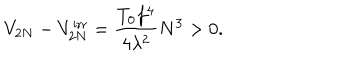
V _ { 2 N } - V _ { 2 N } ^ { \mathrm { i r r } } = \frac { T _ { 0 } f ^ { 4 } } { 4 \lambda ^ { 2 } } N ^ { 3 } > 0 .